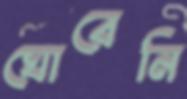
ঘোরেনি